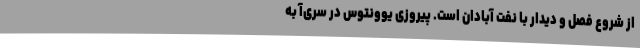
از شروع فصل و دیدار با نفت آبادان است. پیروزی یوونتوس در سری‌آ به